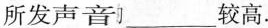
所发声音___较高。